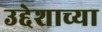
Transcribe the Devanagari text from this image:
उद्देशाच्या